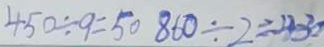
4 5 0 \div 9 = 5 0 8 6 0 \div 2 = 4 3 0